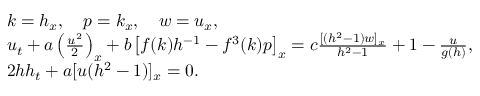
\begin{array} { r l } & { k = h _ { x } , \quad p = k _ { x } , \quad w = u _ { x } , } \\ & { u _ { t } + a \left( \frac { u ^ { 2 } } { 2 } \right) _ { x } + b \left[ f ( k ) h ^ { - 1 } - f ^ { 3 } ( k ) p \right] _ { x } = c \frac { [ ( h ^ { 2 } - 1 ) w ] _ { x } } { h ^ { 2 } - 1 } + 1 - \frac { u } { g ( h ) } , } \\ & { 2 h h _ { t } + a [ u ( h ^ { 2 } - 1 ) ] _ { x } = 0 . } \end{array}